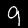
Label: 9